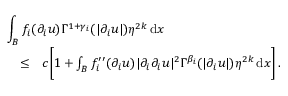
\begin{array} { r l r } { \lefteqn { \int _ { B } f _ { i } ( \partial _ { i } u ) \Gamma ^ { 1 + \gamma _ { i } } ( | \partial _ { i } u | ) \eta ^ { 2 k } \, \mathrm { d } x } } \\ & { \leq } & { c \Bigg [ 1 + \int _ { B } f _ { i } ^ { \prime \prime } ( \partial _ { i } u ) | \partial _ { i } \partial _ { i } u | ^ { 2 } \Gamma ^ { \beta _ { i } } ( | \partial _ { i } u | ) \eta ^ { 2 k } \, \mathrm { d } x \Bigg ] \, . } \end{array}